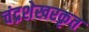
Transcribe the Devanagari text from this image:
चंद्रशेखरकृत